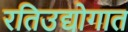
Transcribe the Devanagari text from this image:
रतिउद्योगात